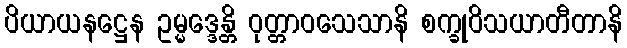
ပိယာယနဋ္ဌေန ဥမ္မဒ္ဒေန္တိ ဝုတ္တာဝသေသာနိ စက္ခုဝိသယာတီတာနိ